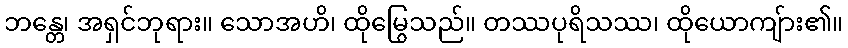
ဘန္တေ၊ အရှင်ဘုရား။ သောအဟိ၊ ထိုမြွေသည်။ တဿပုရိသဿ၊ ထိုယောကျ်ား၏။